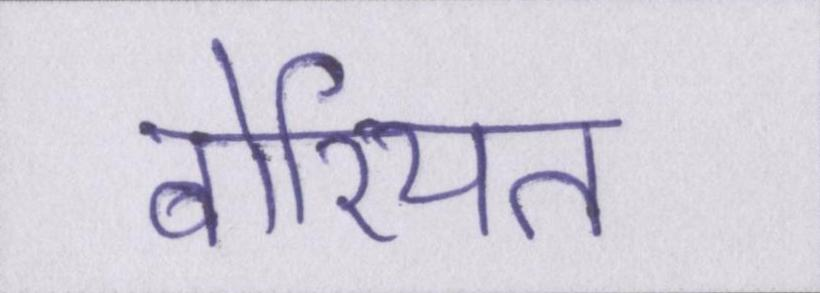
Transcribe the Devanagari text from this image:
बोरियत